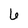
Character: 6